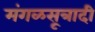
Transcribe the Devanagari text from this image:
मंगळसूत्रादी